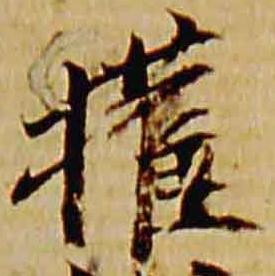
権